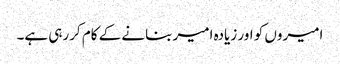
امیروں کو اور زیادہ امیر بنانے کے کام کررہی ہے۔